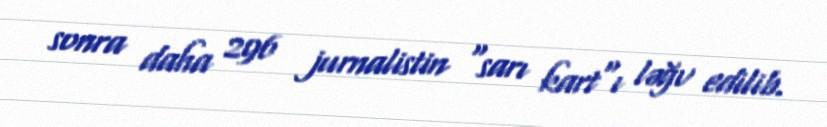
sonra daha 296 jurnalistin "sarı kart"ı ləğv edilib.